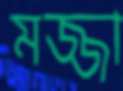
মজ্জা